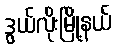
ဒွယ်လိုးမြို့နယ်